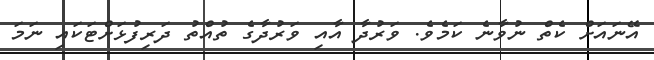
އޭނައަށް ކެތް ނުވާނެ ކަމެވެ. ވަރުދާ އާއި ވަރުދާގެ ތުއްތު ދަރިފުޅަށްޓަކައި ނަމަ